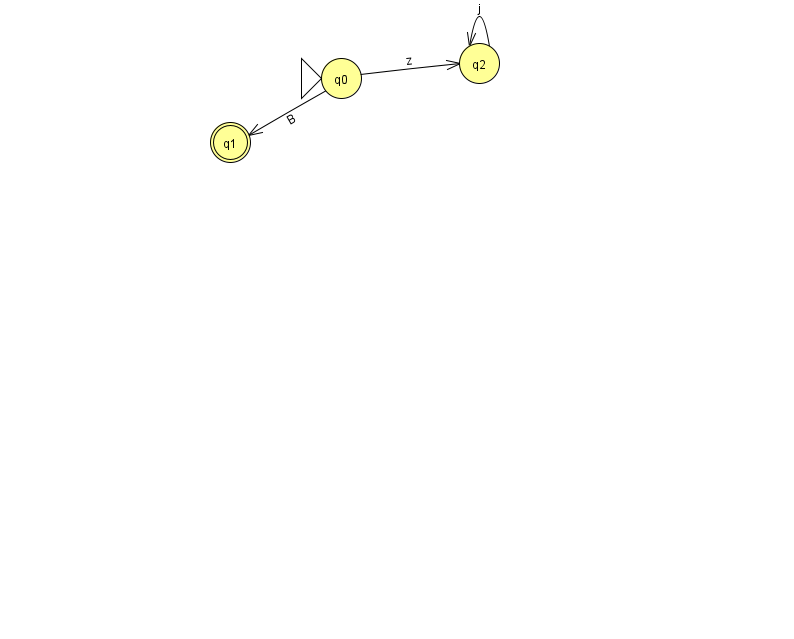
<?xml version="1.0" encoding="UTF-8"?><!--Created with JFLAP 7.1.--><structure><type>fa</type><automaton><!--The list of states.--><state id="0" name="q0"><x>341.0</x><y>65.0</y><initial/></state><state id="1" name="q1"><x>230.0</x><y>129.0</y><final/></state><state id="2" name="q2"><x>479.0</x><y>50.0</y></state><!--The list of transitions.--><transition><from>0</from><to>1</to><read>B</read></transition><transition><from>2</from><to>2</to><read>j</read></transition><transition><from>0</from><to>2</to><read>z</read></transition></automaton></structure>